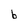
Character: b